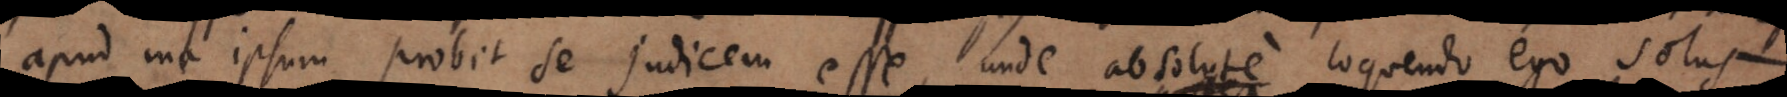
apud me ipsum probet se judicem esse, unde absolute loquendo ego solus